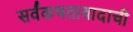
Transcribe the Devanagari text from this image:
सर्वंकषतावादाची